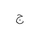
Letter: _gim